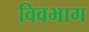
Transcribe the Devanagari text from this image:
विवभाग